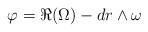
\begin{align*} \varphi = \Re (\Omega) - dr \wedge \omega\end{align*}